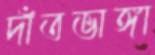
দাঁতভাঙ্গা